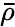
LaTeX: \mathbf{\bar{\rho}}